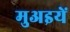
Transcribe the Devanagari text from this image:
मुअइयें